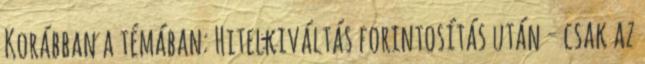
Korábban a témában: Hitelkiváltás forintosítás után - csak az